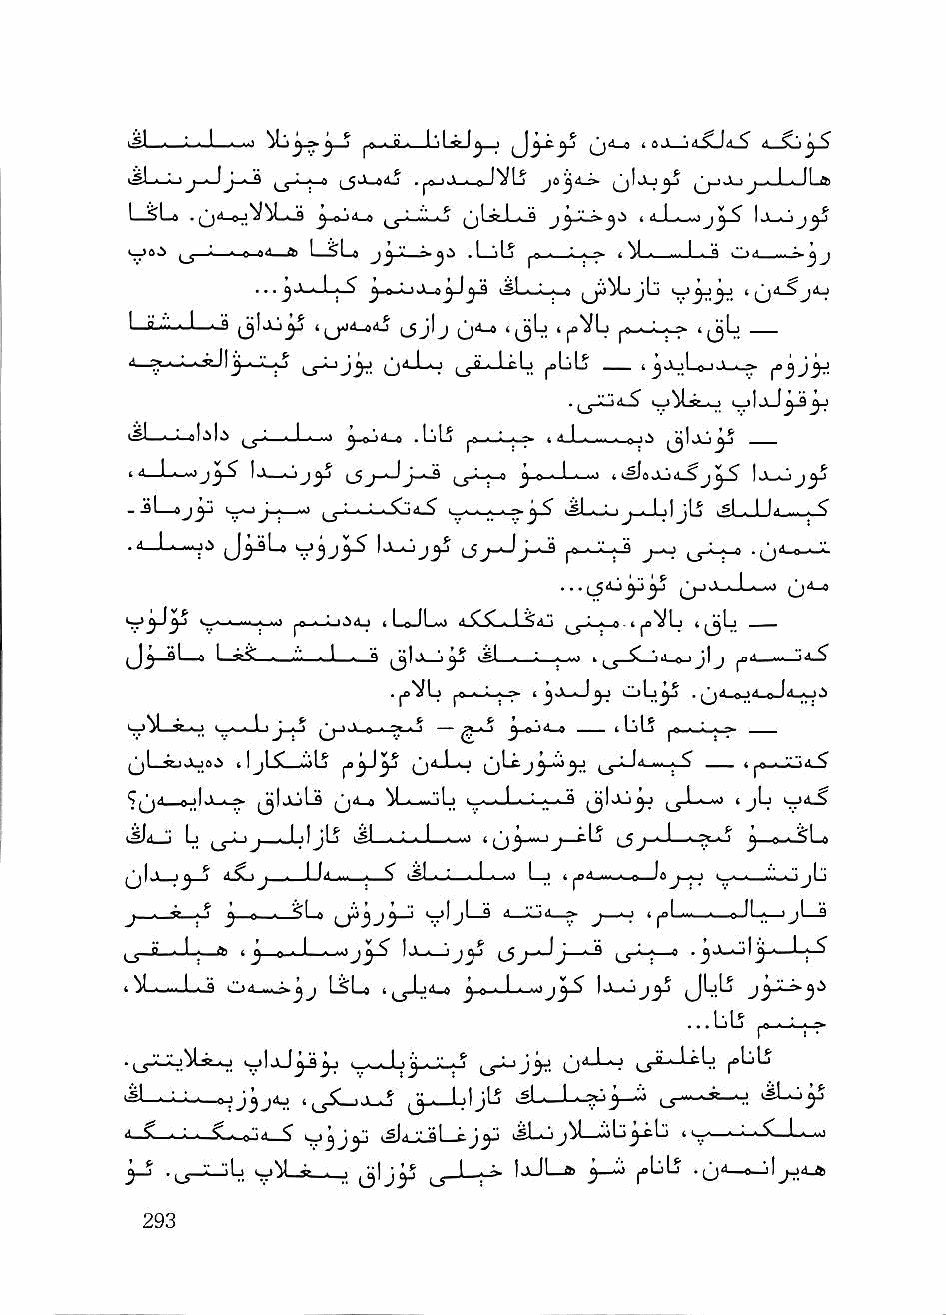
^^1 '                    j        idij—jftsUd^ yS
 >^L^O       * ft ^Juftdu n 0    ^1 JU^J  j_'_L'_^r*^
 ft        ^ « lUi.O ^ljtl.^k^ t d^Li^—O J Ll^O^^J
 L-^Lo I ft "■.' a^ .LJiLj
 I g »| ' 1 ■ ^ »jjaI4_844 ^jIj 'ij^ t|^VL> |,
 rt- ;> ■i.L-.'gill j-i-'C.^ ^j_Lij^ (jj-Lkj ^LLj __ t j J-iLo-i.V..^
 i,#l_-.'. al.il.> ^ ■ ■ I ■—m) ^ -fl "< -fr
 id-L-wj^ |j—         ltH"* 3-o-J-»--j 4«^»ajii_^j^ 1j_oj^
 - -^I—» Sr—' J-^—" ^J-l-^-U^<l-5 »sL_Li j-Jj)jIj .sI ■ 1 b . <
 .4_L-^i JjiL,    Isi^jy            j-o    ■0'-'-^
 ^  J-?    -u^
 . ' .... IIff,, II ..
 J * vLaiX^W.^ /
 (J^-sl—a l_*i—._i—• 1 ■ q isL-—L^-~> i(j_i_j4_o-ijlj
 ..Jjo»VVLL ,^a ■ ; ■ ^
 UJ^I—se-o >y-bL (^J-I.V 0 . ^    iLiLS ^e„._'._.^
 '  ^ ^ 1  LaiS^ • l A . . ^ — a_o Q T — (lj)LS .c. _r-
 ^1 ^i.v ift.s . I jl C ..J^        fcw « ^
 i|jL-»-^ ^IajI-S (j*^ ^L>_>^lj i_----L--"».-. > *< 'J^ 't:'^-^
 " L    _._I._JjLj isl—■—l          ?-S j)—^n^Lj
 ^I ' J 4.5Lj j I I^ ... . S * I « L^ . III ■ 0 io j.^ • •i-_- ■■'^I 'i
 J • '" j ^ J n ■    v^ljl—S 4 ift'.nl ^ J—■■> t ^1 ILft— ^
 O  —*-:-^ > j ,. L ft M-Jj-S'    ur4—' -
 .^ ..-.L.j c>4_wj»^j LsLa i,j-L4_« ^.o«J_k->o
 ...bb
 -^-^JSJ^. 'i_S^-i-^ (J— ^
 > • ^ < 0 |4^_^ '^3jV '.' a! ^ iSb-i
 'r^5Jy
 _- ^ |jJL-» ^ l^bLj .(j4 e "il^4-a
 -f- &jr